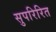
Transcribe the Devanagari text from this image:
सुपरिरित